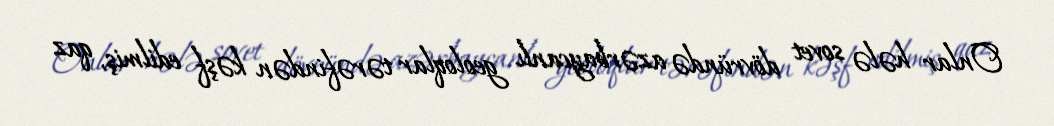
Onlar hələ sovet dövründə azərbaycanlı geoloqlar tərəfindən kəşf edilmiş, qaz